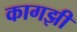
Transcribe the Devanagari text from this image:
कागझी